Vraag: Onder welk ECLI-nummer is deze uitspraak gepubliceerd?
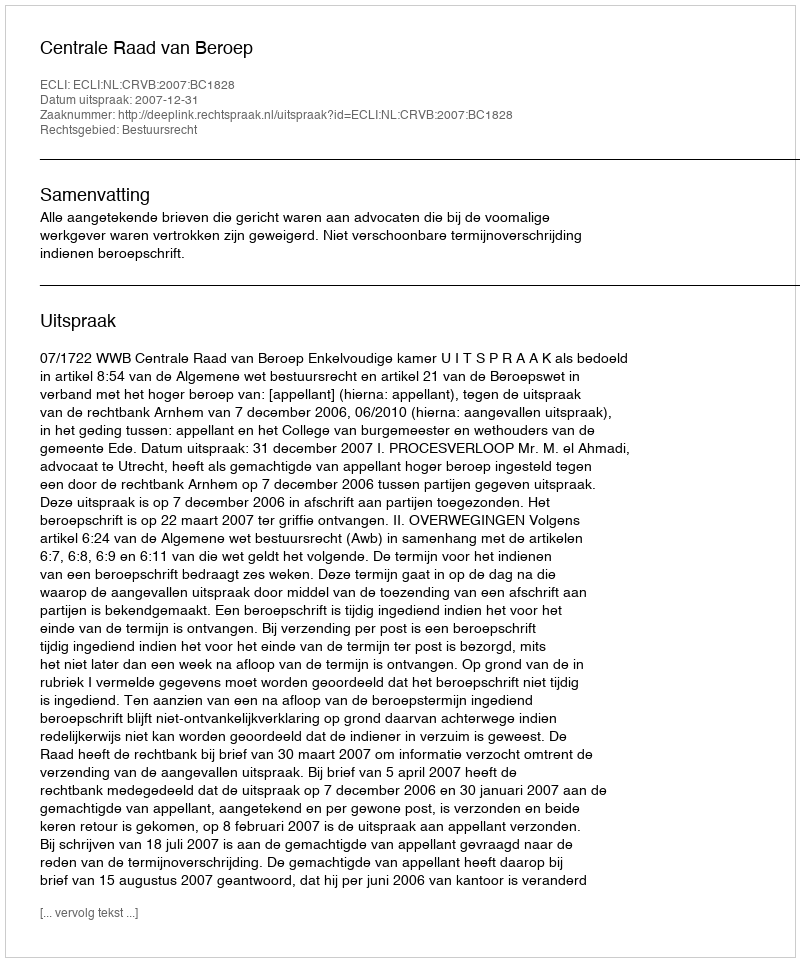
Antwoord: ECLI:NL:CRVB:2007:BC1828